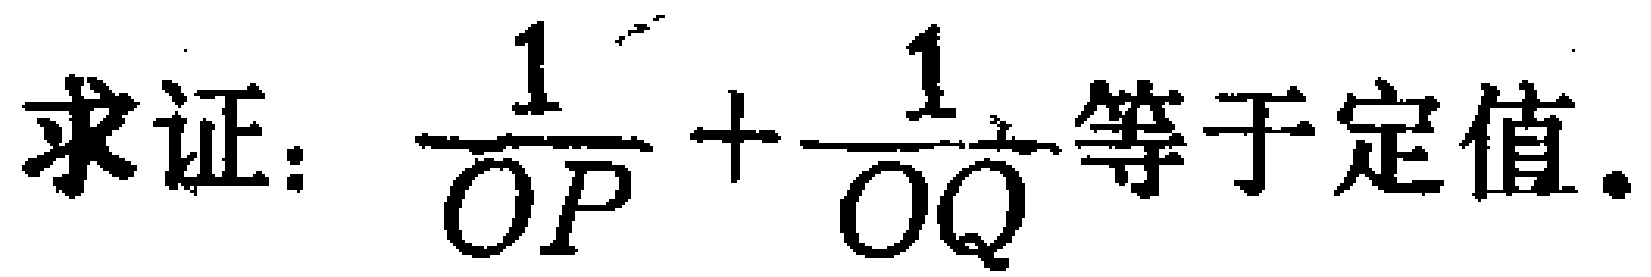
求证：$\frac{1}{OP}+\frac{1}{OQ}$等于定值.